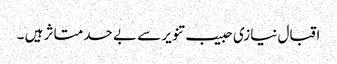
اقبال نیازی حبیب تنویر سے بے حد متاثر ہیں ۔